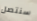
سنتصل